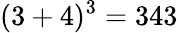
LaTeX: (3+4)^{3}=343